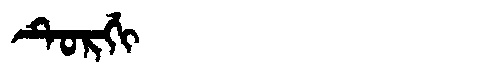
Manchu: ᡨᡠᡵᡤᡳ
Romanization: TURGI